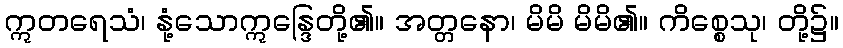
ဣတရေသံ၊ နုံ့သောဣန္ဒြေတို့၏။ အတ္တနော၊ မိမိ မိမိ၏။ ကိစ္စေသု၊ တို့၌။